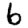
Digit: 6